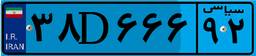
۳۸D۶۶۶۹۲